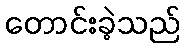
တောင်းခဲ့သည်